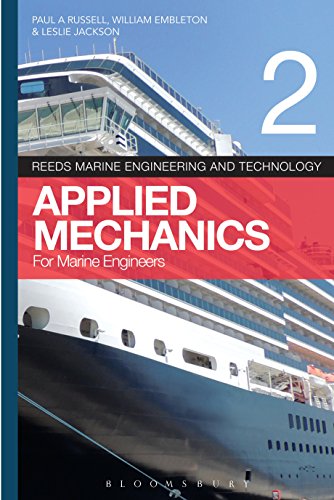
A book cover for Reeds Vol 2: Applied Mechanics for Marine Engineers (Reed's Marine Engineering); Paul Anthony Russell; Engineering & Transportation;